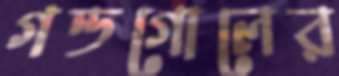
গন্ডগোলের